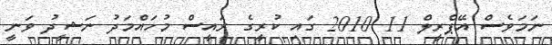
ނަމަވެސް އޭޕްރީލް 11 2010 ގައި ކުރީގެ ރައީސް މުހައްމަދު ނަޝީދު ވަނީ